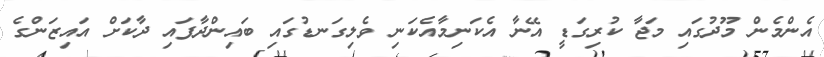
އެންމެން މޫދުގައި މަޖާ ކުރިގަޑީ އޭނާ އެކަނިމާއެކަނި ވެލިގަނޑުގައި ބައިންދާފައި ދާކަށް އައިޒަންގެ